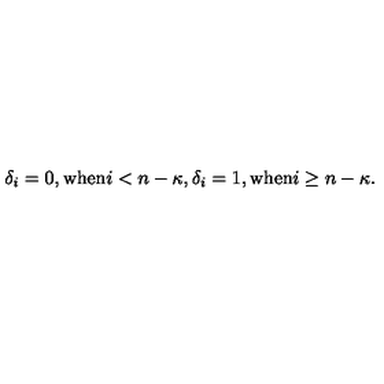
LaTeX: \delta _ { i } = 0 , { \mathrm { w h e n } } i < n - \kappa , \delta _ { i } = 1 , { \mathrm { w h e n } } i \ge n - \kappa .